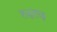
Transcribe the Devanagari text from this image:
ह्ळुह्ळु